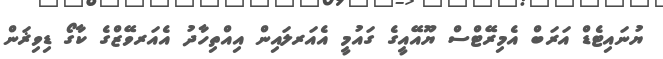
ޔުނައިޓެޑް އަރަބް އެމިރޭޓްސް ޔޫއޭއީގެ ގައުމީ އެއަރލައިން އިއްތިހާދު އެއަރވޭޒްގެ ކާގޯ ޑިވިޜަން